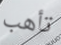
تأهب